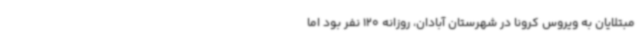
مبتلایان به ویروس کرونا در شهرستان آبادان، روزانه 120 نفر بود اما